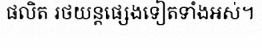
ផលិត រថយន្តផ្សេងទៀតទាំងអស់។